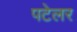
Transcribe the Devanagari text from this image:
पटेलर